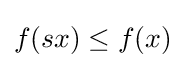
f(sx)\leq f(x)